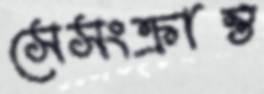
সেসংক্রান্ত